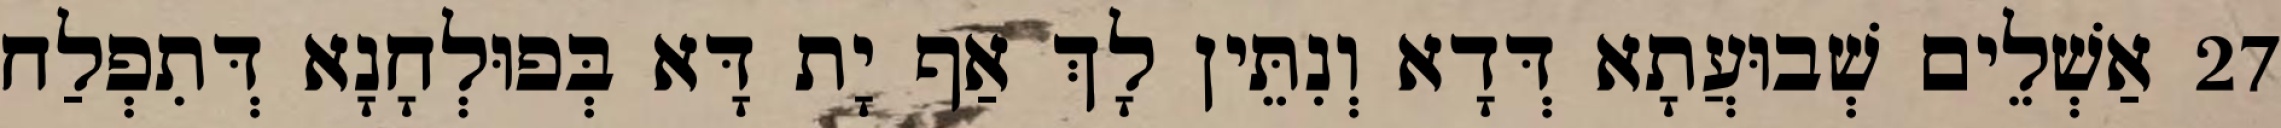
27 אַשְׁלֵים שְׁבוּעֲתָא דְּדָא וְנִתֵּין לָךְ אַף יָת דָּא בְּפוּלְחָנָא דְּתִפְלַח